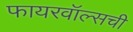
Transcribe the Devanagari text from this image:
फायरवॉल्सची